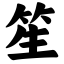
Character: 笙